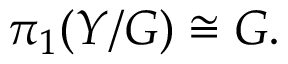
\pi _ { 1 } ( Y / G ) \cong G .